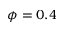
\phi = 0 . 4